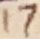
Text: 17